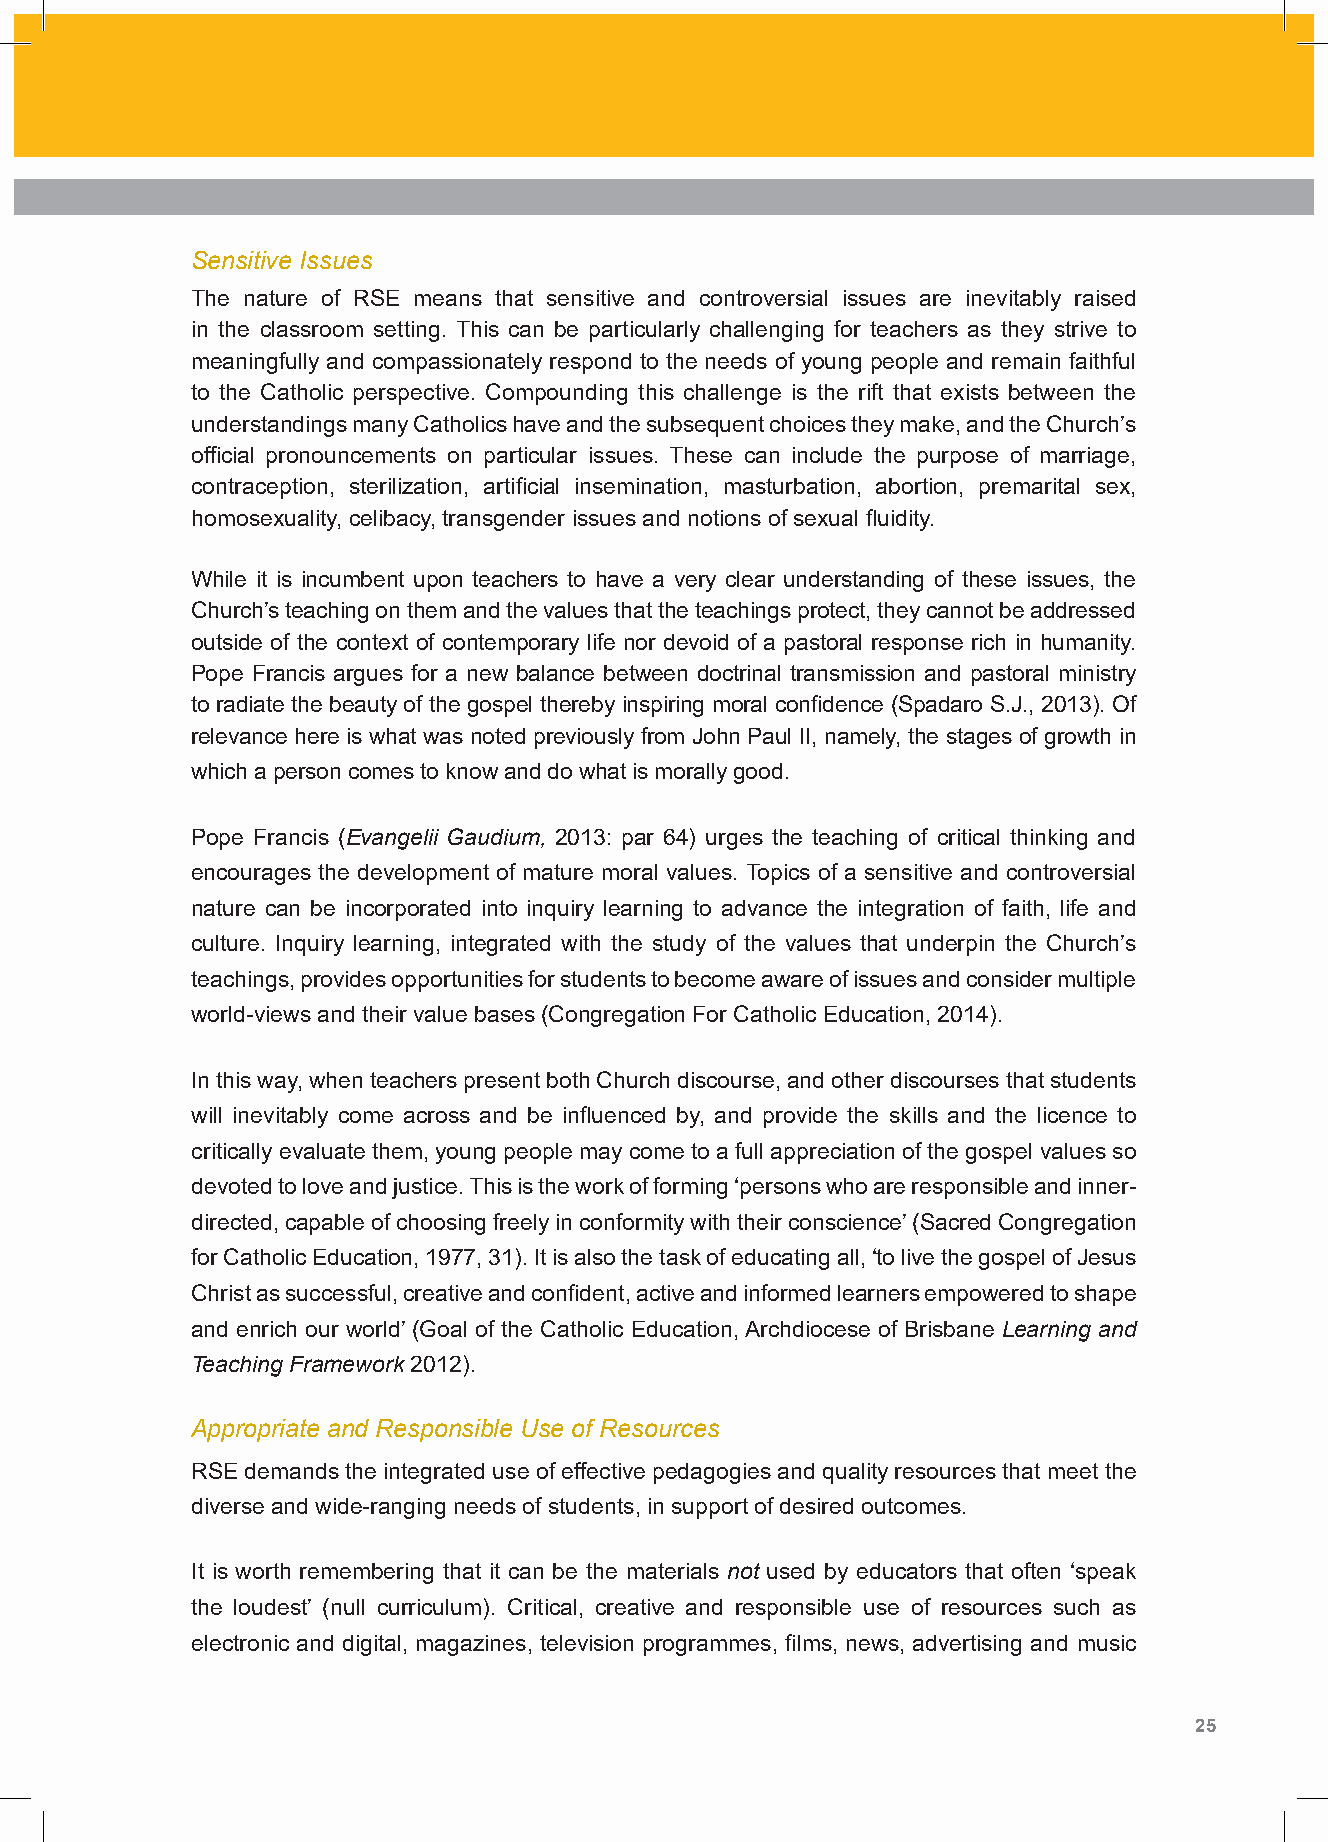
Sensitive Issues
 The nature of RSE means that sensitive and controversial issues are inevitably raised
 in the classroom setting. This can be particularly challenging for teachers as they strive to
 meaningfully and compassionately respond to the needs of young people and remain faithful
 to the Catholic perspective. Compounding this challenge is the rift that exists between the
 understandings many Catholics have and the subsequent choices they make, and the Church’s
 official pronouncements on particular issues. These can include the purpose of marriage,
 contraception, sterilization, artificial insemination, masturbation, abortion, premarital sex,
 homosexuality, celibacy, transgender issues and notions of sexual fluidity.
 While it is incumbent upon teachers to have a very clear understanding of these issues, the
 Church’s teaching on them and the values that the teachings protect, they cannot be addressed
 outside of the context of contemporary life nor devoid of a pastoral response rich in humanity.
 Pope Francis argues for a new balance between doctrinal transmission and pastoral ministry
 to radiate the beauty of the gospel thereby inspiring moral confidence (Spadaro S.J., 2013). Of
 relevance here is what was noted previously from John Paul II, namely, the stages of growth in
 which a person comes to know and do what is morally good.
 Pope Francis (Evangelii Gaudium, 2013: par 64) urges the teaching of critical thinking and
 encourages the development of mature moral values. Topics of a sensitive and controversial
 nature can be incorporated into inquiry learning to advance the integration of faith, life and
 culture. Inquiry learning, integrated with the study of the values that underpin the Church’s
 teachings, provides opportunities for students to become aware of issues and consider multiple
 world-views and their value bases (Congregation For Catholic Education, 2014).
 In this way, when teachers present both Church discourse, and other discourses that students
 will inevitably come across and be influenced by, and provide the skills and the licence to
 critically evaluate them, young people may come to a full appreciation of the gospel values so
 devoted to love and justice. This is the work of forming ‘persons who are responsible and inner-
 directed, capable of choosing freely in conformity with their conscience’ (Sacred Congregation
 for Catholic Education, 1977, 31). It is also the task of educating all, ‘to live the gospel of Jesus
 Christ as successful, creative and confident, active and informed learners empowered to shape
 and enrich our world’ (Goal of the Catholic Education, Archdiocese of Brisbane Learning and
 Teaching Framework 2012).
 Appropriate and Responsible Use of Resources
 RSE demands the integrated use of effective pedagogies and quality resources that meet the
 diverse and wide-ranging needs of students, in support of desired outcomes.
 It is worth remembering that it can be the materials not used by educators that often ‘speak
 the loudest’ (null curriculum). Critical, creative and responsible use of resources such as
 electronic and digital, magazines, television programmes, films, news, advertising and music
 24 Shape Paper - A Catholic Perspective on Relationships and Sexuality Education - Australian Curriculum: Health and Physical Education 25